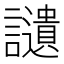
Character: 讉